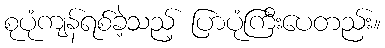
စုပုံကျန်ရစ်ခဲ့သည့် ပြာပုံကြီးပေတည်း။